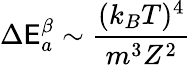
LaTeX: \Delta\mathsf{E}_{a}^{\beta}\sim\frac{{(k_{B}T)^{4}}}{{m^{3}Z^{2}}}